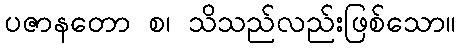
ပဇာနတော စ၊ သိသည်လည်းဖြစ်သော။